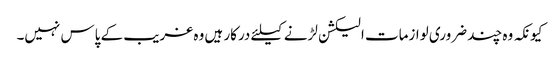
کیونکہ وہ چند ضروری لوازمات الیکشن لڑنے کیلئے درکار ہیں وہ غریب کے پاس نہیں۔